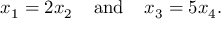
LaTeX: x _ { 1 } = 2 x _ { 2 } \; \; \; \; { \mathrm { a n d } } \; \; \; \; x _ { 3 } = 5 x _ { 4 } .